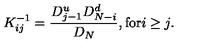
\: K _ { i j } ^ { - 1 } = \frac { D _ { j - 1 } ^ { u } D _ { N - i } ^ { d } } { D _ { N } } , \mathrm { f o r } i \geq j . \: